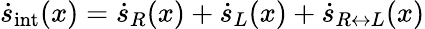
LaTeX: \dot{s}_{\mathrm{int}}(x)=\dot{s}_{R}(x)+\dot{s}_{L}(x)+\dot{s}_{R\leftrightarrow L}(x)